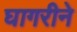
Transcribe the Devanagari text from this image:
घागरीने